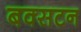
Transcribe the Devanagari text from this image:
बक्सटन